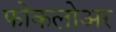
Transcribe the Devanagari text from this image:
फोकलोअर